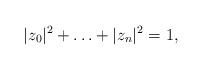
LaTeX: \begin{align*}|z_0|^2 + \ldots + |z_n|^2=1,\end{align*}